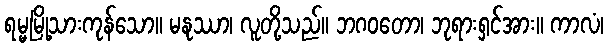
ရမ္မမြို့သားကုန်သော။ မနုဿာ၊ လူတို့သည်။ ဘဂဝတော၊ ဘုရားရှင်အား။ ကာလံ၊